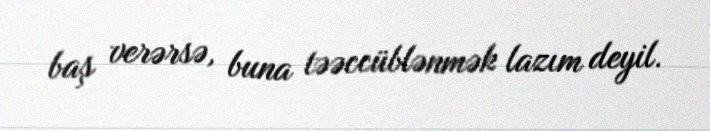
baş verərsə, buna təəccüblənmək lazım deyil.